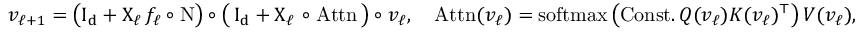
v _ { \ell + 1 } = \big ( \boldsymbol { \mathrm { I _ { d } } } + \boldsymbol { \mathrm { X } } _ { \ell } \, { f _ { \ell } } \circ \mathrm { N } \big ) \circ \big ( \, \boldsymbol { \mathrm { I _ { d } } } + \boldsymbol { \mathrm { X } } _ { \ell } \, \circ \mathrm { A t t n } \, \big ) \circ v _ { \ell } , \quad \mathrm { A t t n } ( v _ { \ell } ) = \mathrm { s o f t m a x } \left( \mathrm { C o n s t . } \, Q ( v _ { \ell } ) K ( v _ { \ell } ) ^ { \top } \right) V ( v _ { \ell } ) ,